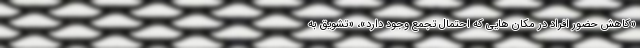
«کاهش حضور افراد در مکان هایی که احتمال تجمع وجود دارد»، «تشویق به